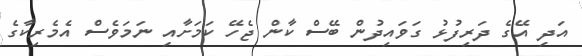
އަދި އޭގެ ދަރިފުޅު ގަވައިދުން ބޭސް ކާން ޖެހޭ ކަމަށާއި ނަމަވެސް އެމެރިކާގެ